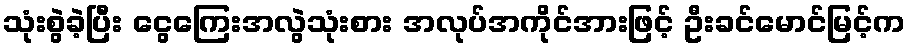
သုံးစွဲခဲ့ပြီး ငွေကြေးအလွဲသုံးစား အလုပ်အကိုင်အားဖြင့် ဦးခင်မောင်မြင့်က